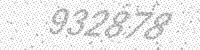
Solution: 932878